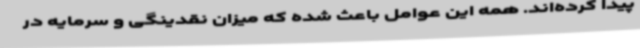
پیدا کرده‌اند. همه این عوامل باعث شده که میزان نقدینگی و سرمایه در